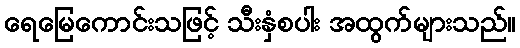
ရေမြေကောင်းသဖြင့် သီးနှံစပါး အထွက်များသည်။